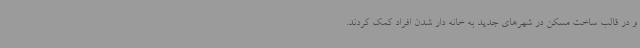
و در قالب ساخت مسکن در شهرهای جدید به خانه دار شدن افراد کمک کردند.